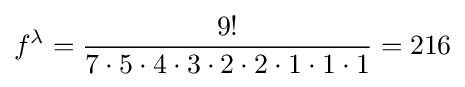
f^{\lambda }={\frac {9!}{7\cdot 5\cdot 4\cdot 3\cdot 2\cdot 2\cdot 1\cdot 1\cdot 1}}=216